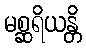
မစ္ဆရိယန္တိ